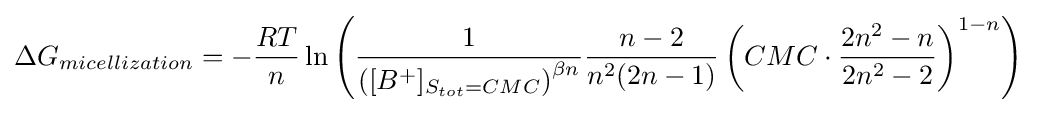
\Delta G_{micellization}=-{\frac {RT}{n}}\ln \left({\frac {1}{\left([B^{+}]_{S_{tot}=CMC}\right)^{\beta n}}}{\frac {n-2}{n^{2}(2n-1)}}\left(CMC\cdot {\frac {2n^{2}-n}{2n^{2}-2}}\right)^{1-n}\right)